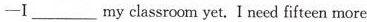
—I ___ my classroom yet. I need fifteen more